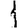
Digit: 1